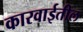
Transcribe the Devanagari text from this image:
कारवाईतील